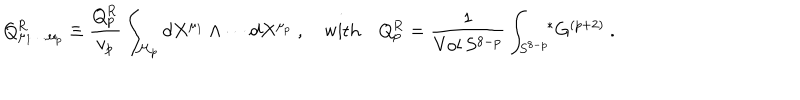
Q _ { \mu _ { 1 } \dots \mu _ { p } } ^ { \mathrm { R } } \equiv { \frac { Q _ { p } ^ { \mathrm { R } } } { v _ { p } } } \int _ { { \cal M } _ { p } } d X ^ { \mu _ { 1 } } \wedge \cdots d X ^ { \mu _ { p } } \ , \quad \mathrm { w i t h } \quad Q _ { p } ^ { \mathrm { R } } = { \frac { 1 } { \mathrm { V o l } \, S ^ { 8 - p } } } \int _ { S ^ { 8 - p } } \! \! { } ^ { * } G ^ { ( p + 2 ) } \ .